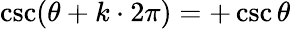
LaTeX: \csc(\theta+k\cdot 2\pi)=+\csc\theta